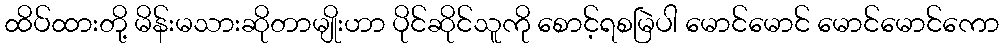
ထိပ်ထားတို့ မိန်းမသားဆိုတာမျိုးဟာ ပိုင်ဆိုင်သူကို စောင့်ရစမြဲပါ မောင်မောင် မောင်မောင်ကော